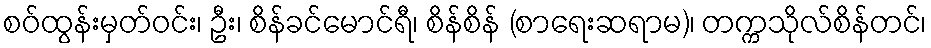
စဝ်ထွန်းမှတ်ဝင်း၊ ဦး၊ စိန်ခင်မောင်ရီ၊ စိန်စိန် (စာရေးဆရာမ)၊ တက္ကသိုလ်စိန်တင်၊